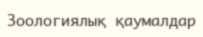
Зоологиялық қаумалдар